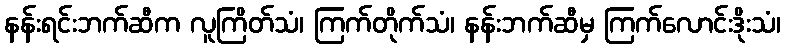
နန်းရင်းဘက်ဆီက လူကြိတ်သံ၊ ကြက်တိုက်သံ၊ နန်းဘက်ဆီမှ ကြက်လောင်းဒိုးသံ၊